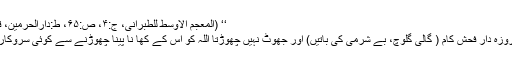
‘‘ (المعجم الاوسط للطبرانی، ج:۴، ص:۶۵، ط:دارالحرمین، قاہرۃ)
’’جو روزہ دار فحش کام ( گالی گلوچ، بے شرمی کی باتیں) اور جھوٹ نہیں چھوڑتا اللہ کو اس کے کھا نا پینا چھوڑنے سے کوئی سروکار نہیں۔